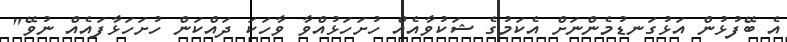
އެ ބޭފުޅުން އަޅުގަނޑުމެންނަށް އެކަމުގެ ޝަކުވާއެއް ހުށަހަޅުއްވާ ވާހަކަ ދައްކަން ހުށަހަޅާފައެއް ނުވޭ"